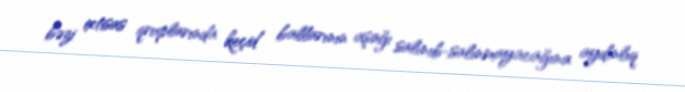
bəzi ixtisas qruplarında keçid ballarının aşağı salınıb-salınmayacağına aydınlıq